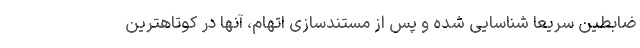
ضابطین سریعا شناسایی شده و پس از مستندسازی اتهام، آنها در کوتاهترین